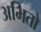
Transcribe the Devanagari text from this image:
अभितो